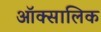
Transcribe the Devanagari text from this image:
ऑक्सालिक